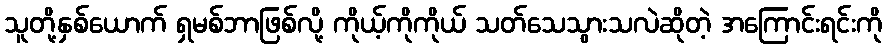
သူတို့နှစ်ယောက် ရှမစ်ဘာဖြစ်လို့ ကိုယ့်ကိုကိုယ် သတ်သေသွားသလဲဆိုတဲ့ အကြောင်းရင်းကို